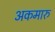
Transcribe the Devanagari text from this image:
अकमारु